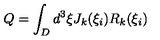
Q = \int _ { D } d ^ { 3 } \xi J _ { k } ( \xi _ { i } ) R _ { k } ( \xi _ { i } )